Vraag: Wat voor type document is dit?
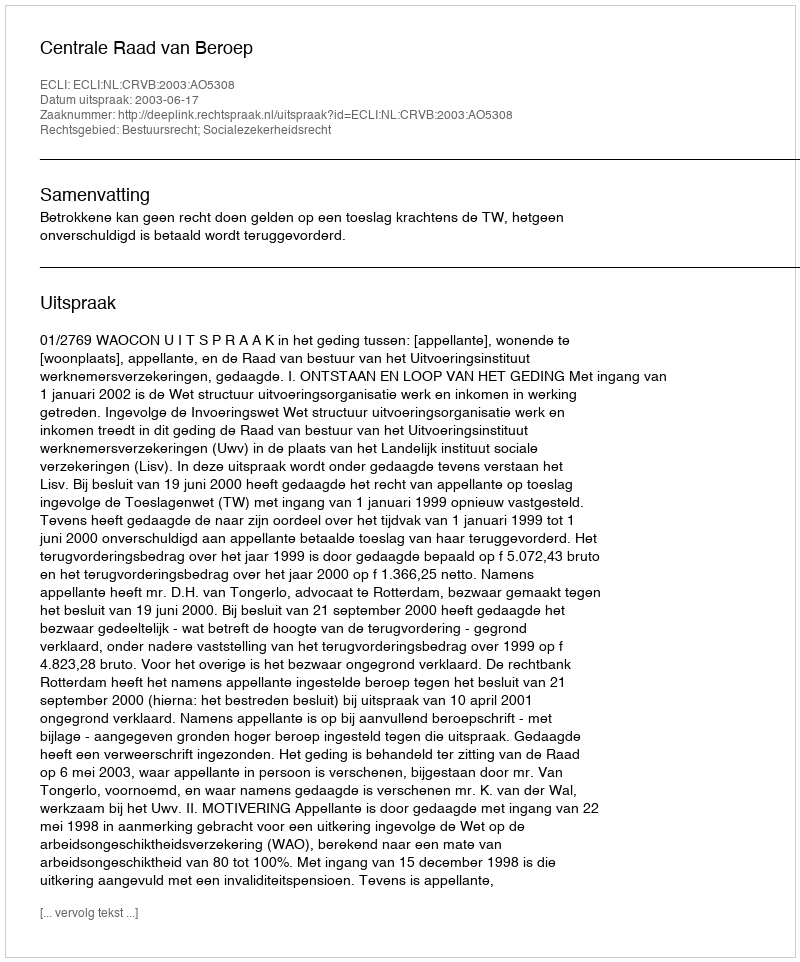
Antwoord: Uitspraak